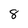
Character: 8